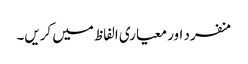
منفرد اور معیاری الفاظ میں کریں۔